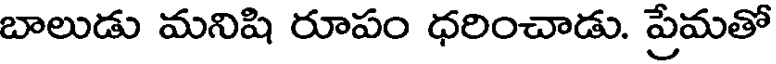
బాలుడు మనిషి రూపం ధరించాడు. ప్రేమతో